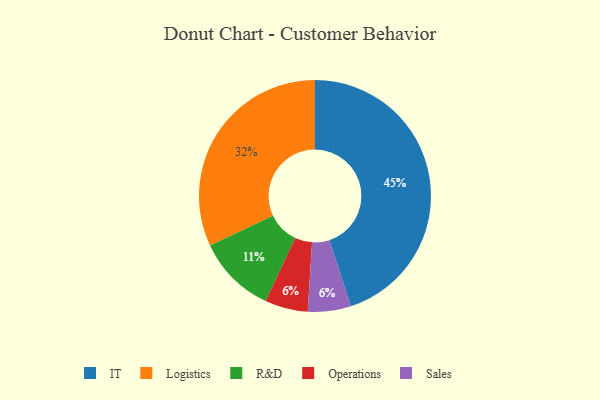
{"axis": {"x": "Category", "y": "Percentage"}, "legend": ["IT", "Logistics", "Operations", "R&D", "Sales"], "data": [{"x": "IT", "y": 45, "type": "IT"}, {"x": "Operations", "y": 6, "type": "Operations"}, {"x": "Logistics", "y": 32, "type": "Logistics"}, {"x": "R&D", "y": 11, "type": "R&D"}, {"x": "Sales", "y": 6, "type": "Sales"}]}